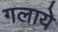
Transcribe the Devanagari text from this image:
गलाये